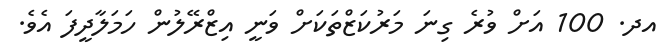
އދ. 100 އަށް ވުރެ ގިނަ މަރުކަޒްތަކަށް ވަނީ އިޒްރޭލުން ހަމަލާދީފަ އެވެ.